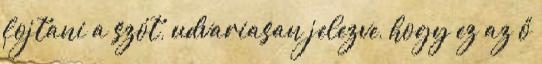
fojtani a szót, udvariasan jelezve, hogy ez az ő